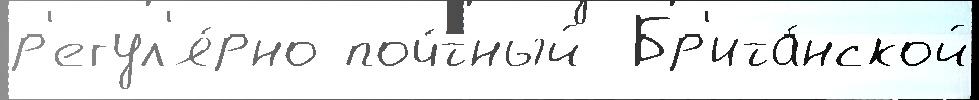
р'егул'я́рно поч́тный  Бр'ита́нской